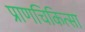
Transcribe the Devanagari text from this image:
प्राणचिकित्सा